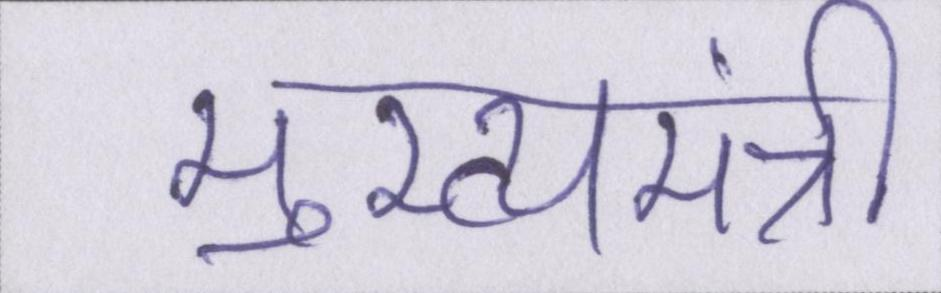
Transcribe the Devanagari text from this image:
मुख्यमंत्री